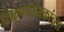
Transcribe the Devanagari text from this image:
शिक्षणसेवकांच्या